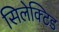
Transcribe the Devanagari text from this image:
सिलेक्टिड